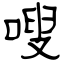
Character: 嗖